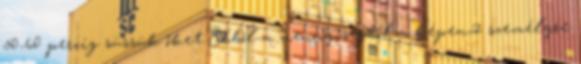
50-60 percig süssük őket.Ebből a mennyiségből a képen,2 személyre